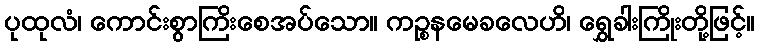
ပုထုလံ၊ ကောင်းစွာကြိးစေအပ်သော။ ကဉ္စနမေခလေဟိ၊ ရွှေခါးကြိုးတို့ဖြင့်။